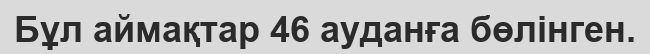
Бұл аймақтар 46 ауданға бөлінген.